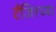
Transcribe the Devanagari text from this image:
टँजिरच्या